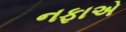
નફાએ